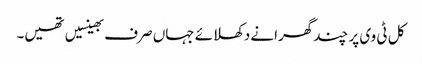
کل ٹی وی پر چند گھرانے دکھلائے جہاں صرف بھینسیں تھیں۔